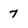
Character: 7